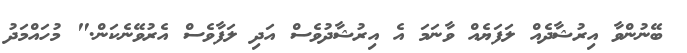
ބޭނުންވާ އިރުޝާދެއް ލަފަޔެއް ވާނަމަ އެ އިރުޝާދުވެސް އަދި ލަފާވެސް އެރުވޭނެކަން." މުހައްމަދު